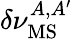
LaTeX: \delta\nu_{\mathrm{MS}}^{A,A^{\prime}}